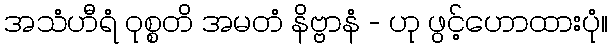
အသံဟီရံ ဝုစ္စတိ အမတံ နိဗ္ဗာနံ - ဟု ဖွင့်ဟောထားပုံ။